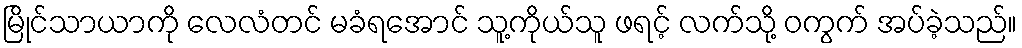
မြိုင်သာယာကို လေလံတင် မခံရအောင် သူ့ကိုယ်သူ ဖရင့် လက်သို့ ဝကွက် အပ်ခဲ့သည်။